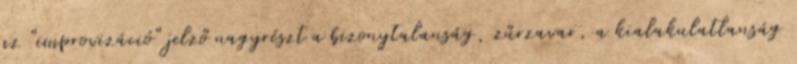
az "improvizáció" jelző nagyrészt a bizonytalanság, zűrzavar, a kialakulatlanság